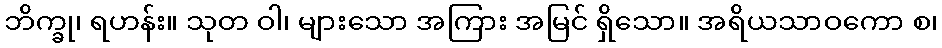
ဘိက္ခု၊ ရဟန်း။ သုတ ဝါ၊ များသော အကြား အမြင် ရှိသော။ အရိယသာဝကော စ၊